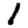
Digit: 1